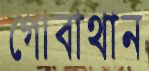
গোবাথান